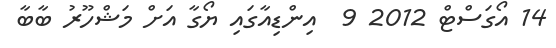
14 އޯގަސްޓް 2012 9  އިންޑިއާގައި ޔޯގާ އަށް މަޝްހޫރު ބާބާ